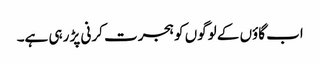
اب گاؤں کے لوگوں کو ہجرت کرنی پڑ رہی ہے۔